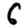
Digit: 6